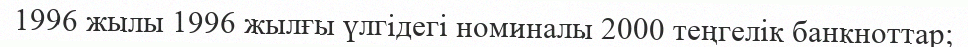
1996 жылы 1996 жылғы үлгідегі номиналы 2000 теңгелік банкноттар;